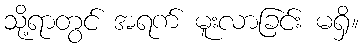
သို့ရာတွင် အရက် မူးလာခြင်း မရှိ။